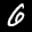
Label: 6